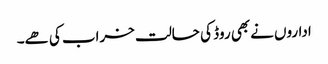
اداروں نےبھی روڈ کی حالت خراب کی ھے۔